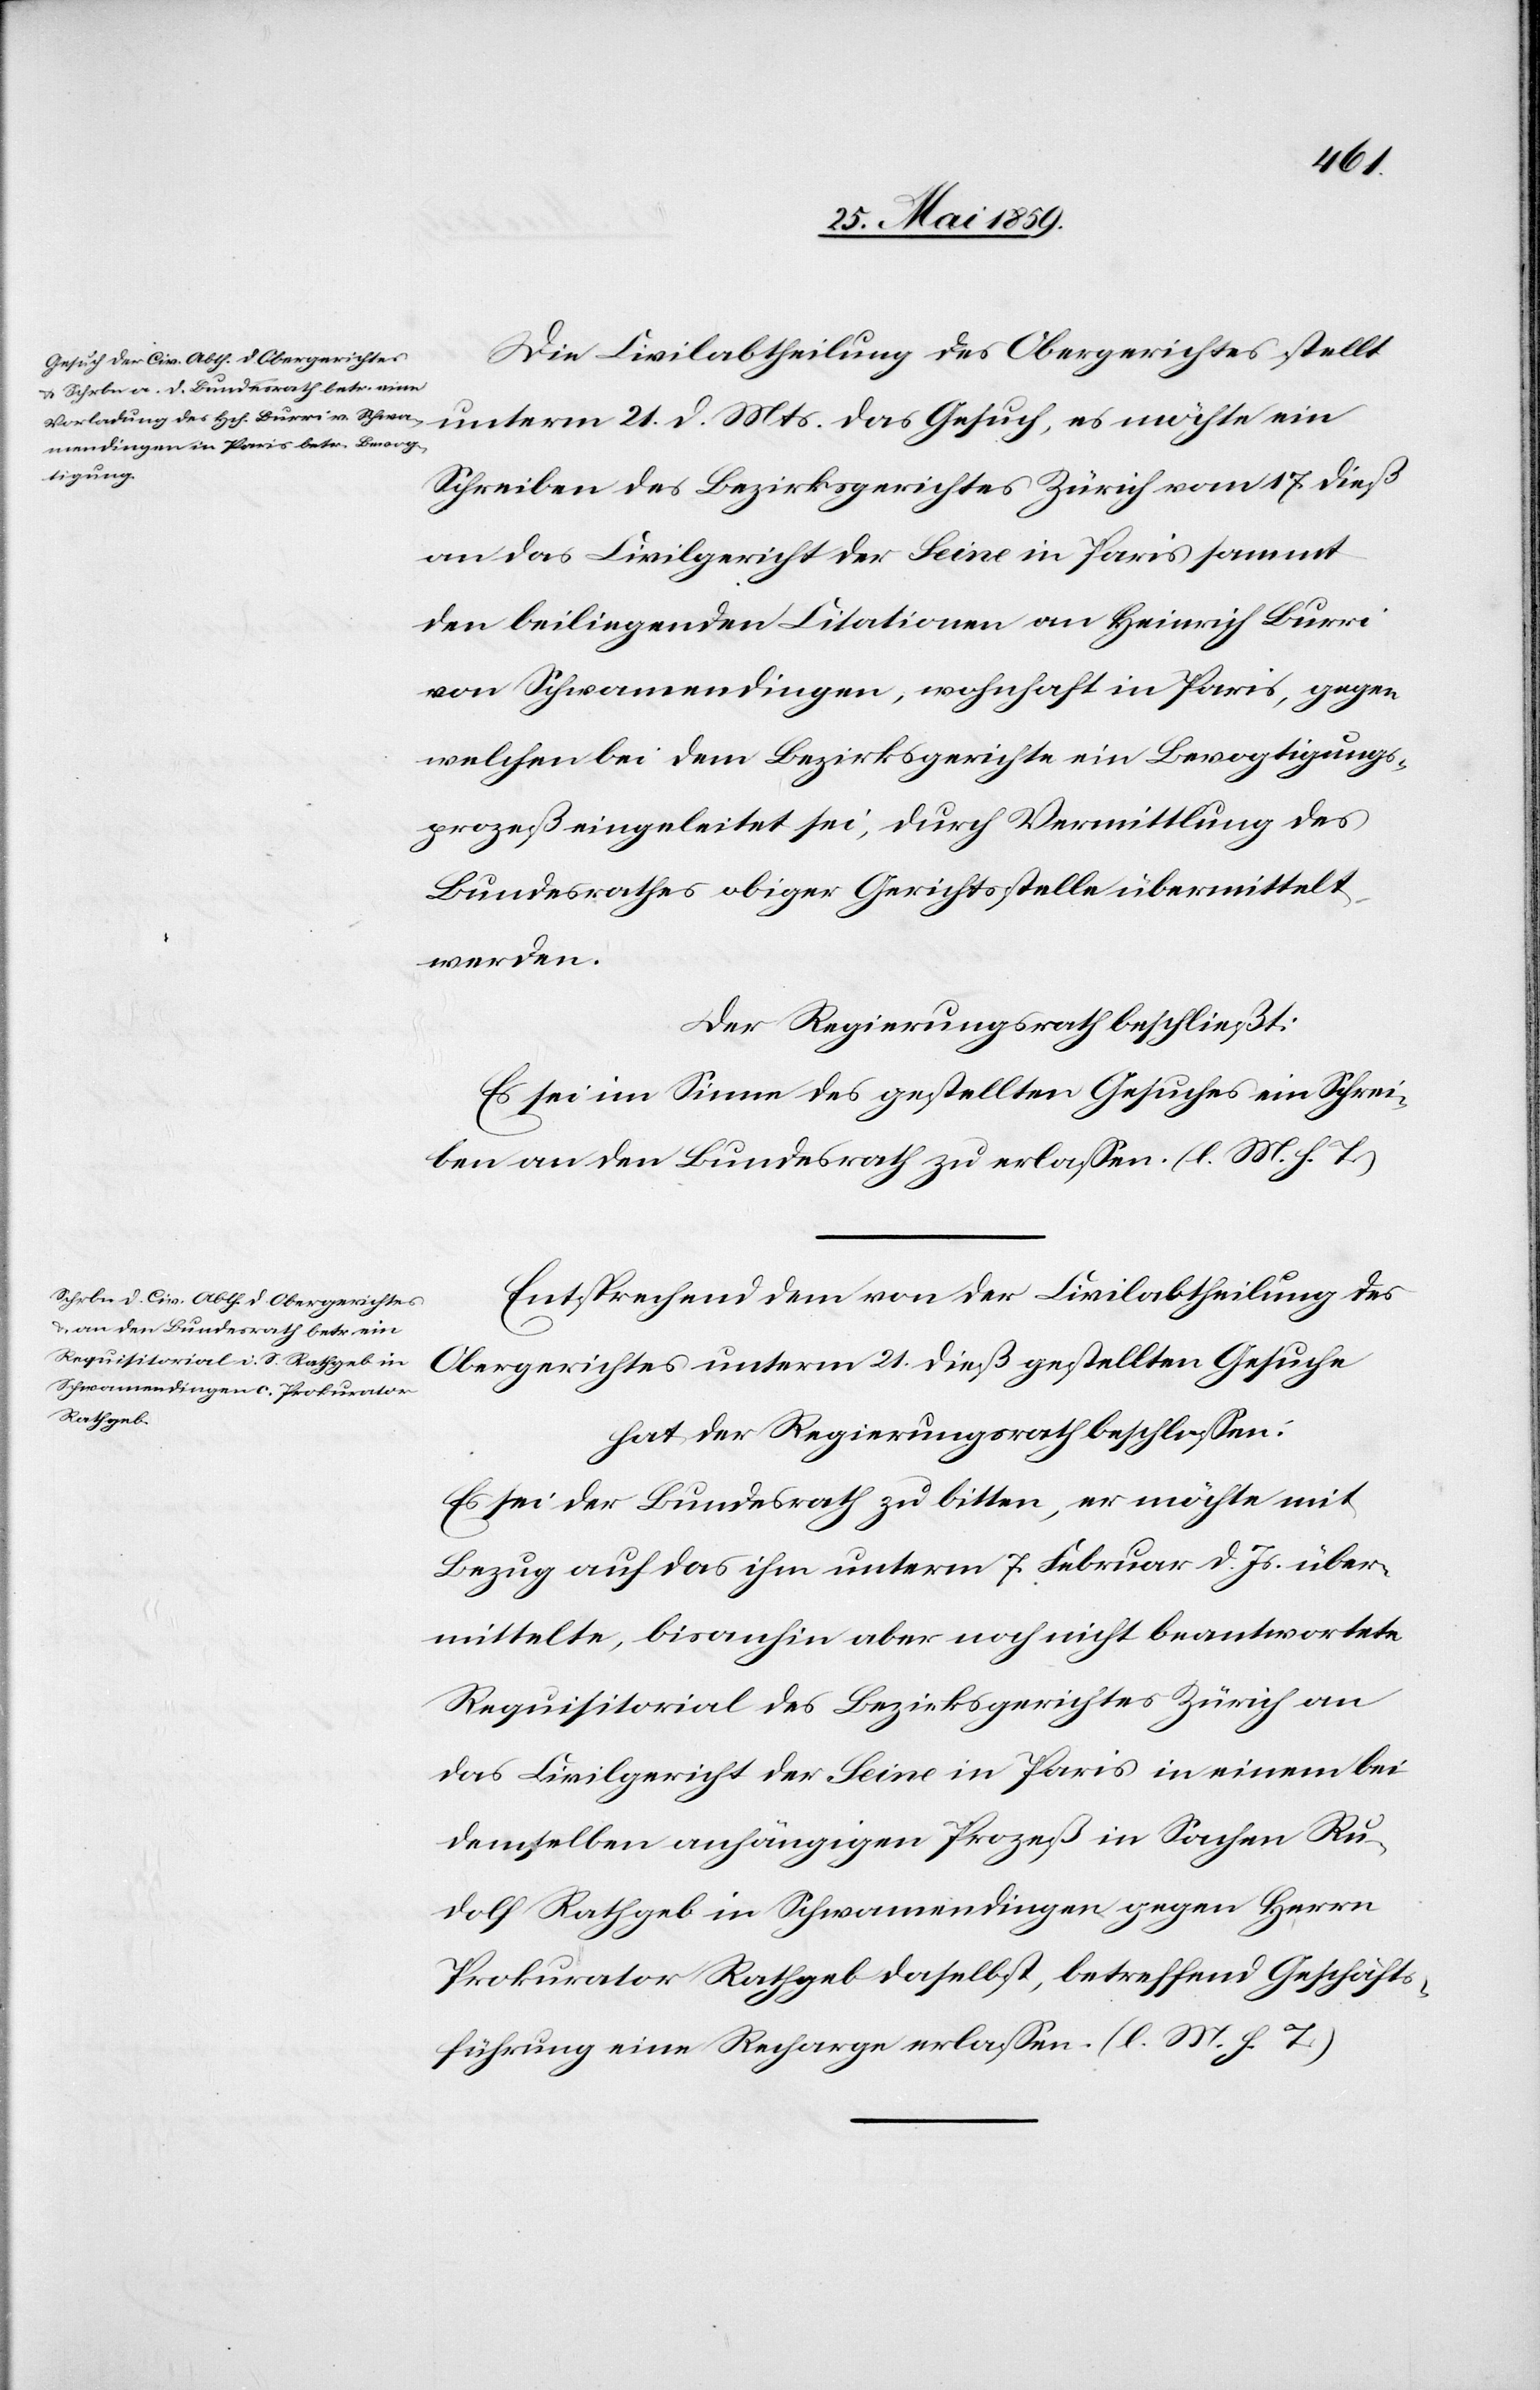
Die Civilabtheilung des Obergerichtes stellt
Schreiben des Bezirksgerichtes Zürich vom 17. dieß
an das Civilgericht der Seine in Paris sammt
den beiliegenden Citationen an Heinrich Burri
von Schwamendingen, wohnhaft in Paris, gegen
welchen bei dem Bezirksgerichte ein Bevogtigungs¬
prozeß eingeleitet sei, durch Vermittlung des
Bundesrathes obiger Gerichtsstelle übermittelt
werden.
Der Regierungsrath beschließt:
Es sei im Sinne des gestellten Gesuches ein Schrei¬
ben an den Bundesrath zu erlassen. (l. M. h. T.)
Entsprechend dem von der Civilabtheilung des
Obergerichtes unterm 21. dieß gestellten Gesuche
hat der Regierungsrath beschlossen:
Es sei der Bundesrath zu bitten, er möchte mit
Bezug auf das ihm unterm 7. Februar d. Js. über¬
mittelte, bisanhin aber noch nicht beantwortete
Requisitorial des Bezirksgerichtes Zürich an
das Civilgericht der Seine in Paris in einem bei
demselben anhängigen Prozeß in Sachen Ru¬
dolf Rathgeb in Schwamendingen gegen Herrn
Prokurator Rathgeb daselbst, betreffend Geschäfts¬
führung eine Recharge erlassen. (l. M. h. T.)